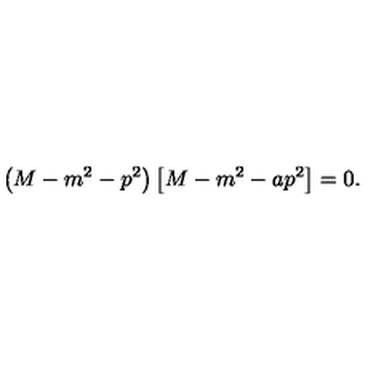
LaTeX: \left( M - m ^ { 2 } - p ^ { 2 } \right) \left[ M - m ^ { 2 } - a p ^ { 2 } \right] = 0 .